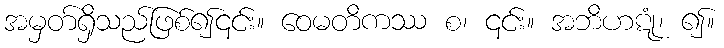
အမှတ်ရှိသည်ဖြစ်၍၎င်း။ ဝေမတိကဿ စ၊ ၎င်း။ အဘိဟဋုံ၊ ၍။